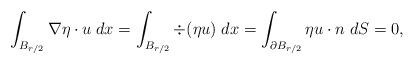
LaTeX: \begin{align*}\int_{B_{r/2}} \nabla \eta \cdot u\;dx = \int_{B_{r/2}} \div(\eta u)\;dx = \int_{\partial B_{r/2}} \eta u \cdot n \;dS =0,\end{align*}